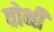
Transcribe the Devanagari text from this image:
वोभी